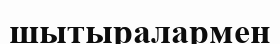
шытыралармен